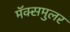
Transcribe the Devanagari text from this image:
मॅक्समुलर